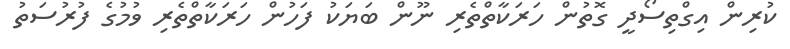
ކުރިން އިގްތިސޯދީ ގޮތުން ހަރަކާތްތެރި ނޫން ބަޔަކު ފަހުން ހަރަކާތްތެރި ވުމުގެ ފުރުސަތު